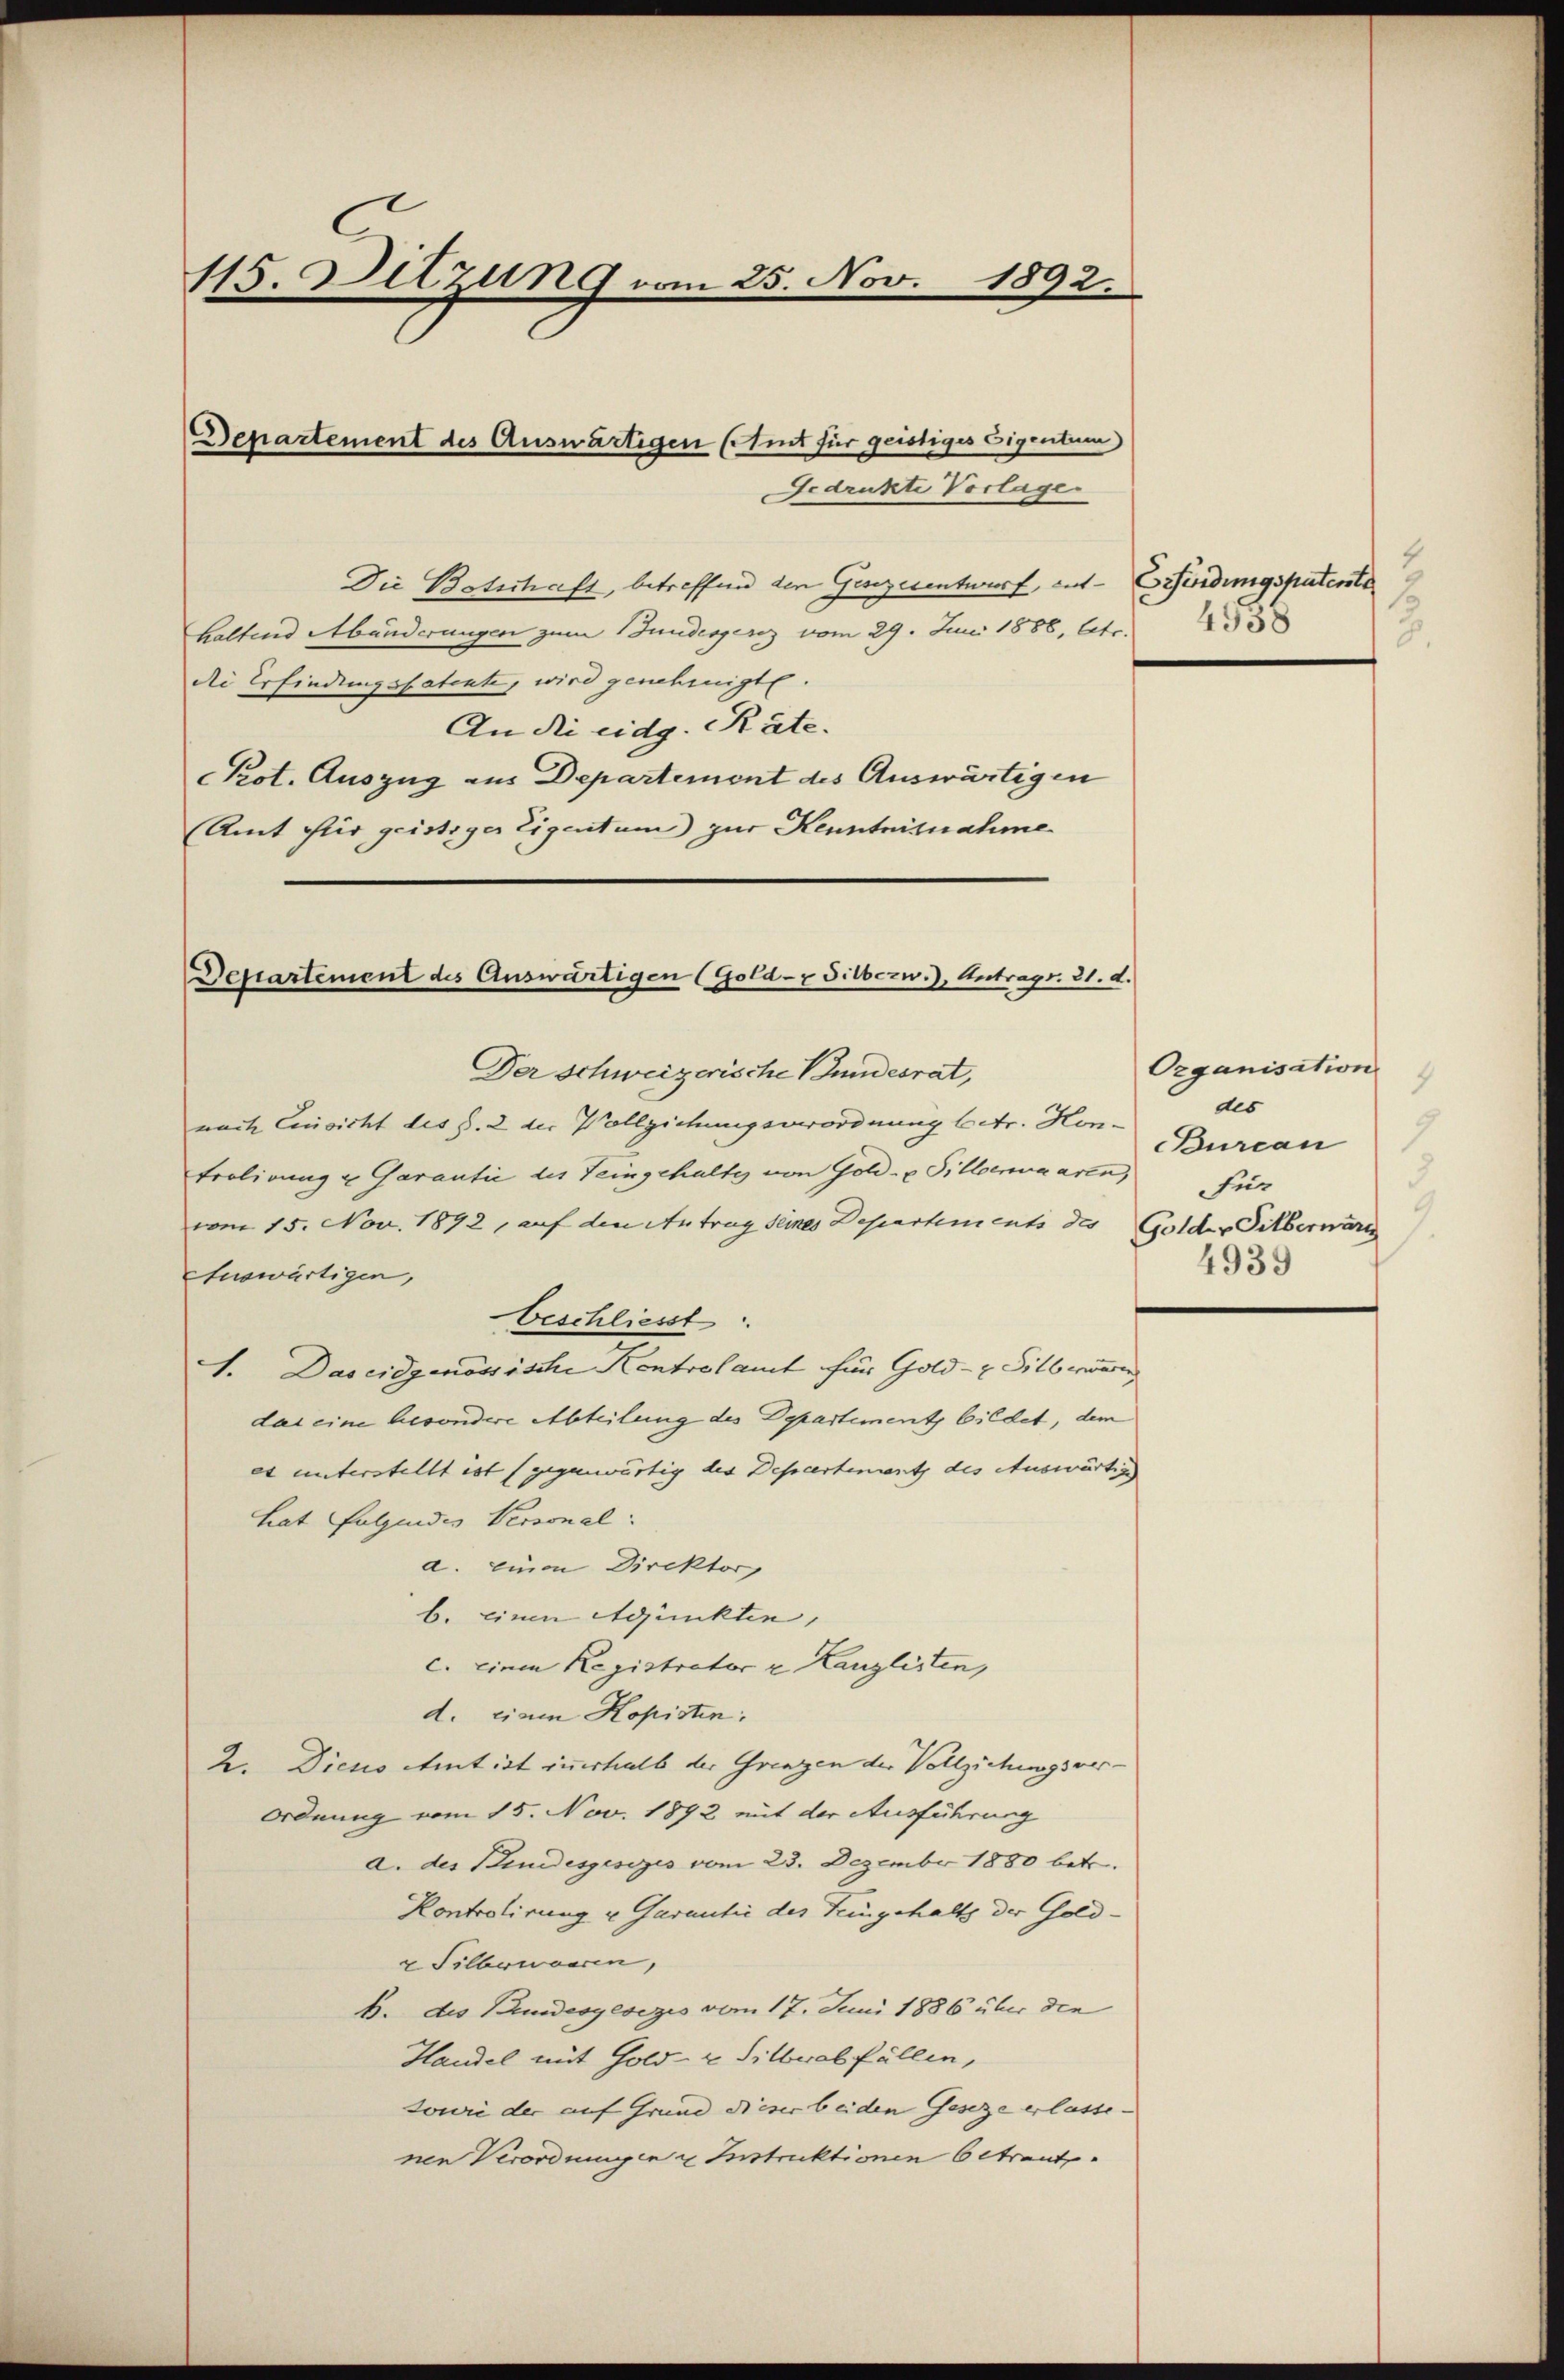
115. Sitzung vom 25. Nov. 1892.

Die Botschaft, betreffen den Gesezesentwurf, ent- Eferdingspatente
haltend Abänderungen zum Bundesgesez vom 29. Juni 1886, betr.                     33
die Erfindungspatente, wird genehmigt.
An die eidg. Räte.
Pot. Auszug aus Departement des Auswärtigen
(Amt für geistiger Eigentum zur Kenntniznahme

Departement des Auswärtigen Ettint für geistiges Eigentum
Bedrukte Vorlage.

Departement des Auswärtigen (Gold- & Silbezw.), Antrags. 21. d.
Der Schweizerische Bundesrat,

nach Einsicht des §. 2 der Vollziehungsverordnung betr. Hontrolirung u Garantie des Teingehalte von Gold- u Pillenwaaren,
vom 15. Nov. 1892, auf den Antrag seines Departements des Golder Silberwärt
Auswärtigen,
beschliesst
1. Das eidgenössische Kontrolamt für Gold- & Silbernen
das eine besondere Abteilung des Departement bildet, dem
et unterstellt ist (gegenwärtig des Departement des Auswärtig
hat Folgendes Versonal
a. einen Direktorg
b. einen Adjunkten,
c. einen Registrator v. Kanzlisten,
d. eine Kopisten:
2. Dieses Amt ist innerhalb der Grenzen der Vollziehungsver¬
Ordnung vom 15. Nov. 1892 mit der Ausführung
a. des Kindesgesezes vom 23. Dezember 1880 betr.
Kontrolirung u Garantić des Feingehalts der Gold¬
& Silbewogen,
b. des Bundesgesezis vom 17. Juni 1886 über den
Handel mit Gold- & Silberal fällen,
sowie der auf Grund dieser beiden Geseze erlassenen Verordungen u Instruktionen betraut.

3.

Organisation
4
des
Burcan
für
4939